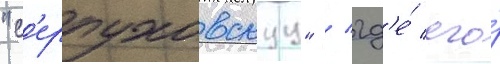
"с'ерпуховскуу" / гд'е́ его́